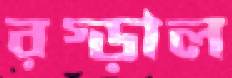
রগ্‌ড়াল